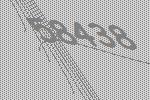
58438